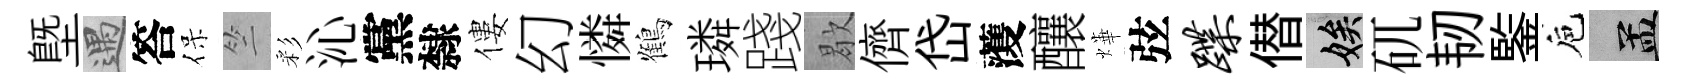
塈遇答保竺彩沁黨隸僂幻憐鶴璘踐歇儕岱𮑮釀燁弦蹀僣娭矹韧鍳巵汴